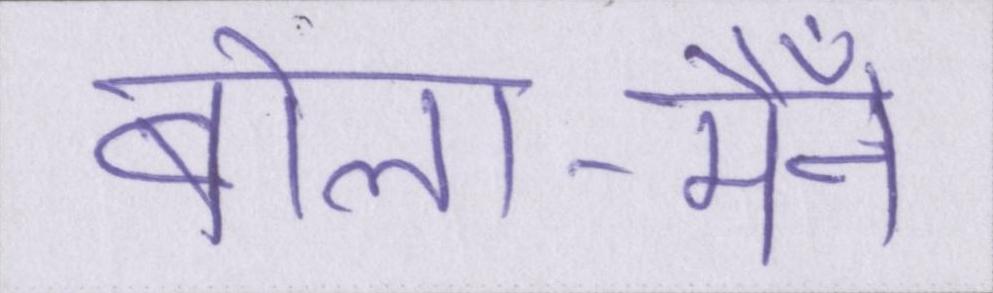
बोला-मैँने